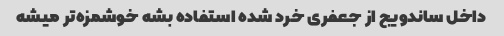
داخل ساندویج از جعفری خرد شده استفاده بشه خوشمزه‌تر میشه